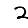
Digit: 2